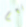
نعم